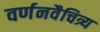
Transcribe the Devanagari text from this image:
वर्णनवैचित्र्य